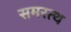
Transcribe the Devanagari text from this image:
समरत्थ